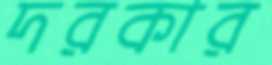
দরকার